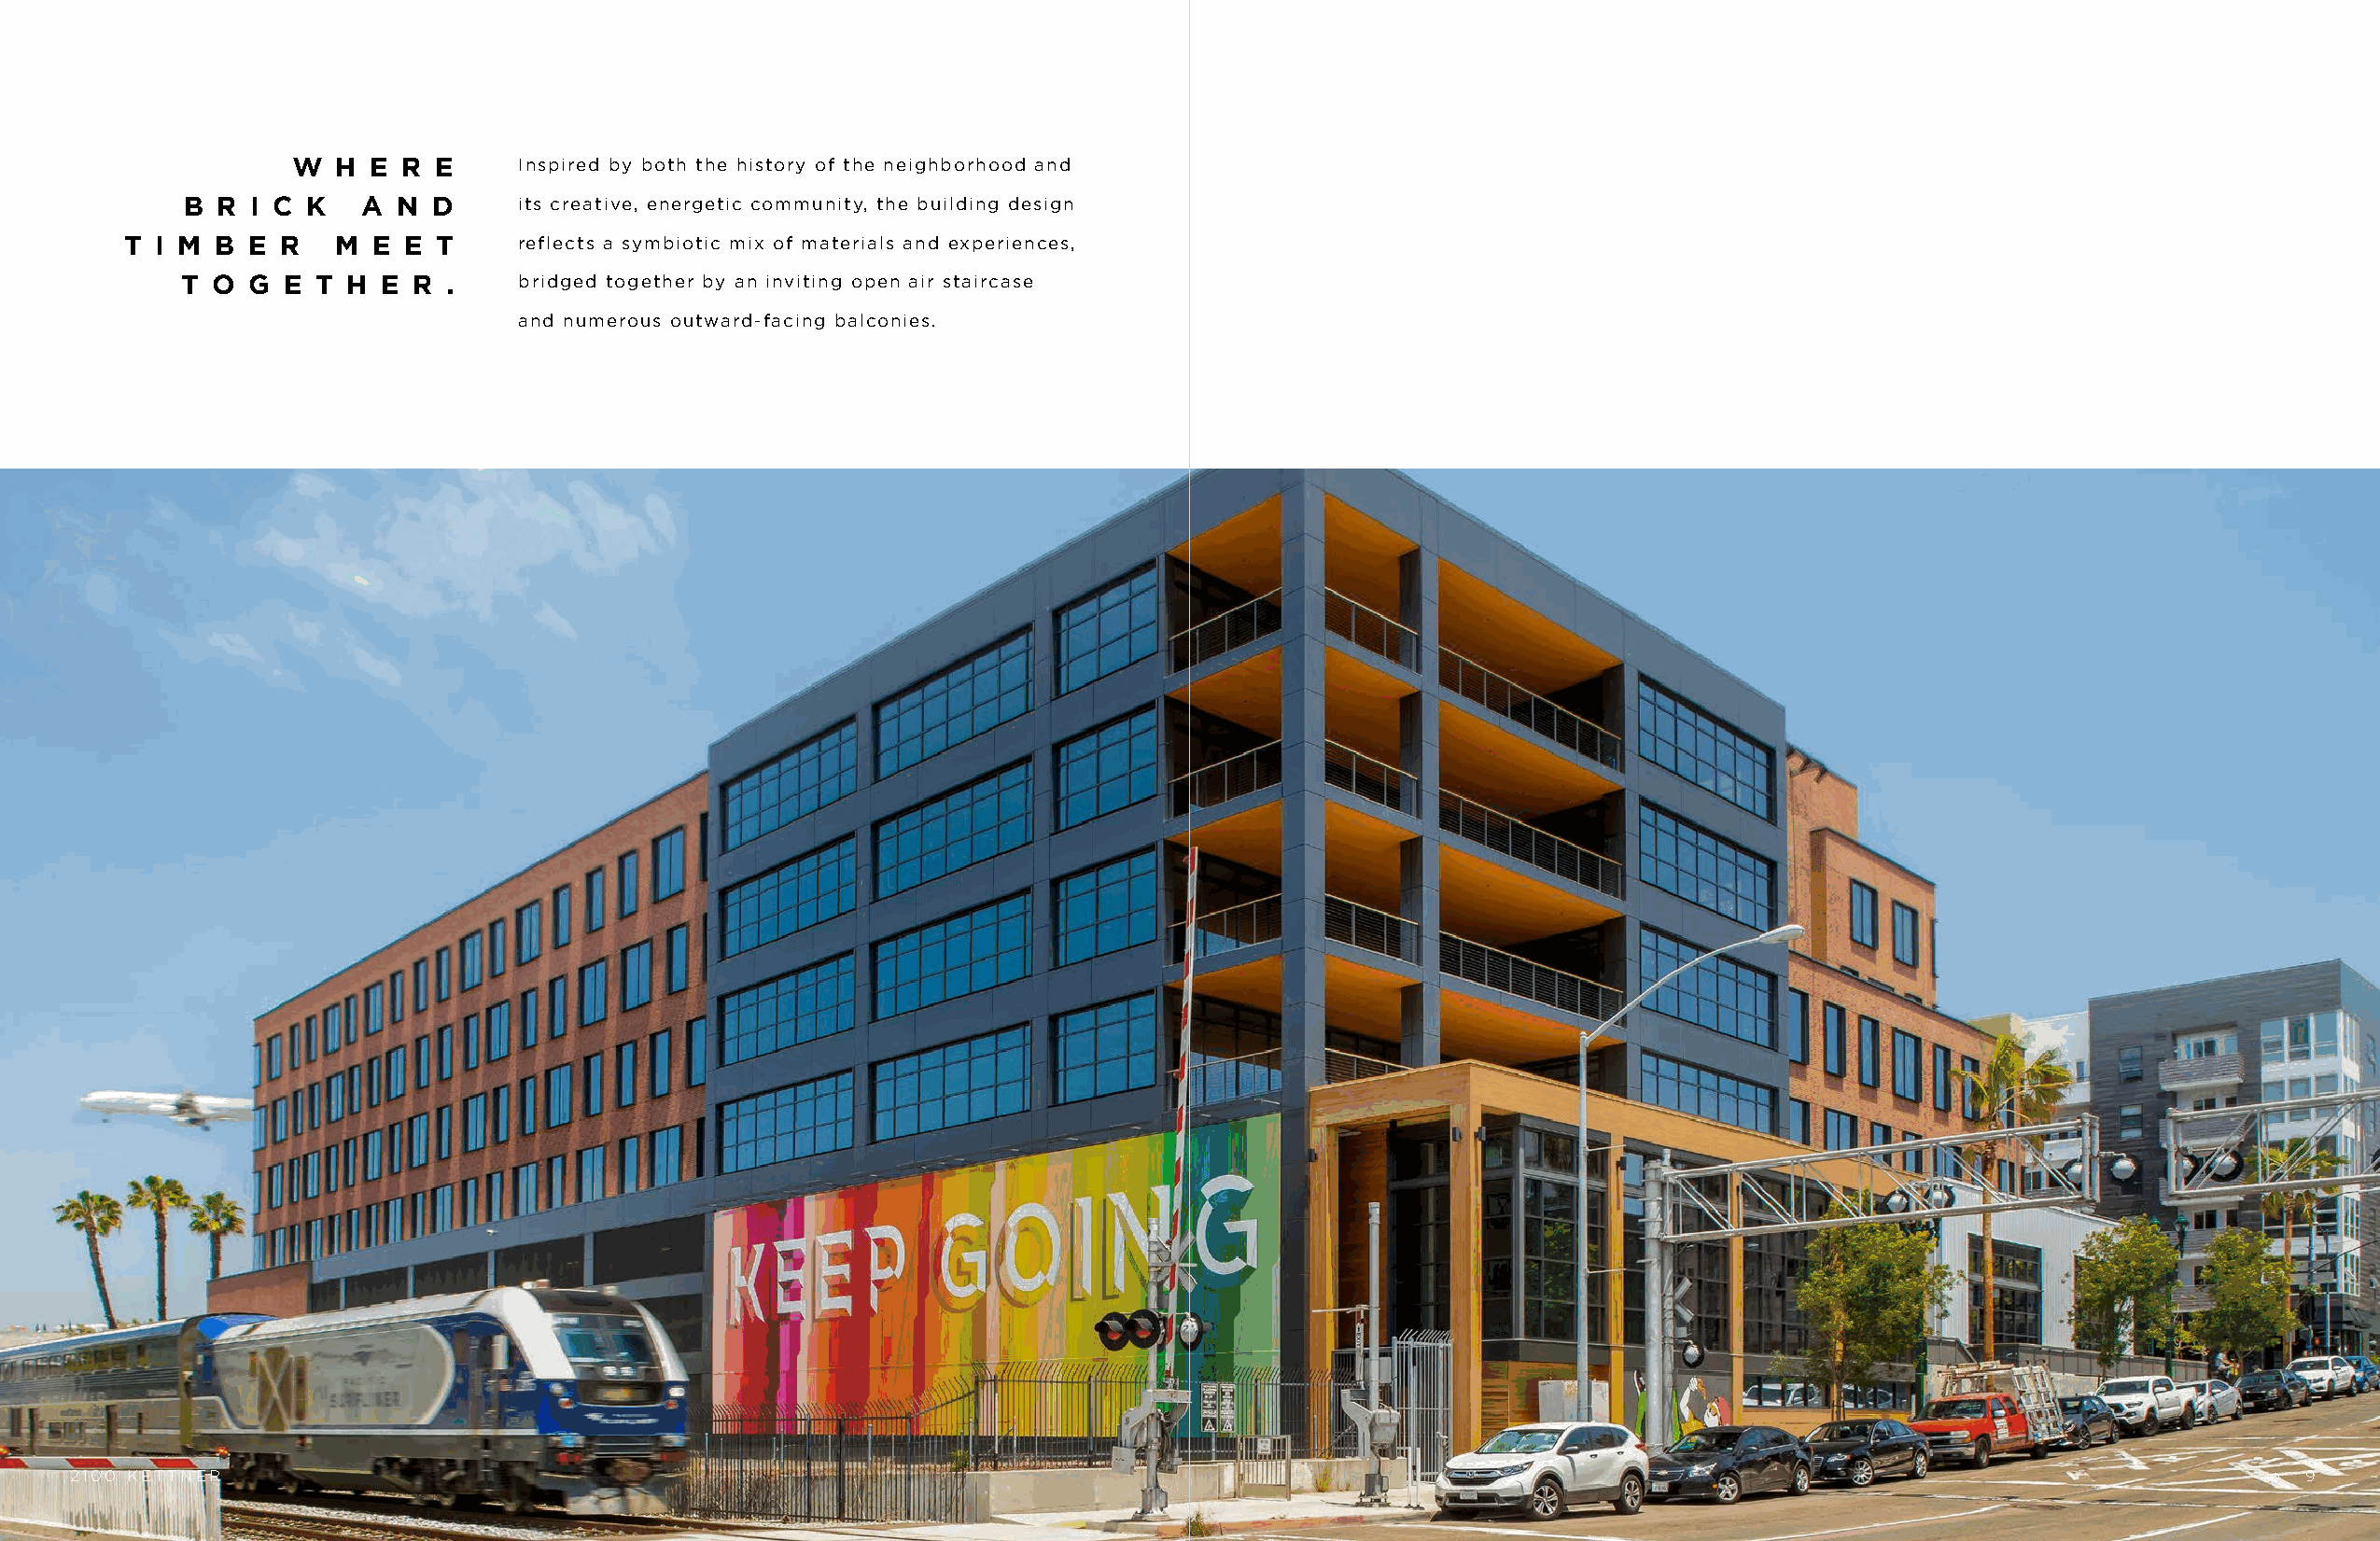
W  H E  R E     Inspired by both the history of the neighborhood and
 B R  I C K   A N  D     its creative, energetic community, the building design
 T I M B  E R   M E  E T     reflects a symbiotic mix of materials and experiences,
 T O  G E T  H E R  .    bridged together by an inviting open air staircase
 and numerous outward-facing balconies.
 2100 KETTNER                                                                                                                                                p. 9